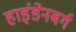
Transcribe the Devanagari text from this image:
हाइंडेनबर्ग